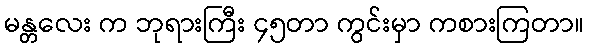
မန္တလေး က ဘုရားကြီး ၄၅တာ ကွင်းမှာ ကစားကြတာ။